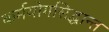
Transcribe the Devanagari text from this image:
कर्मयोगसिद्धान्त